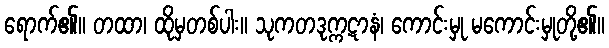
ရောက်၏။ တထာ၊ ထိုမှတစ်ပါး။ သုကတဒုက္ကဋာနံ၊ ကောင်းမှု မကောင်းမှုတို့၏။